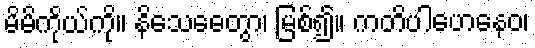
မိမိကိုယ်ကို။ နိသေဓေတွာ၊ မြစ်၍။ ကတိပါဟေနေဝ၊